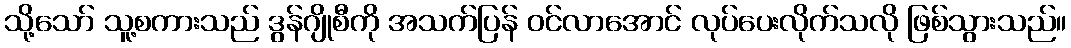
သို့သော် သူ့စကားသည် ဒွန်ဂျိုစီကို အသက်ပြန် ဝင်လာအောင် လုပ်ပေးလိုက်သလို ဖြစ်သွားသည်။